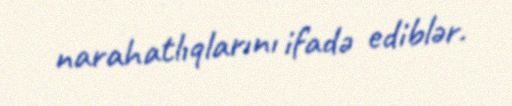
narahatlıqlarını ifadə ediblər.